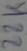
Text: 22K